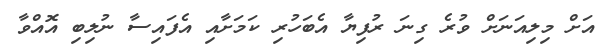
އަށް މިލިއަނަށް ވުރެ ގިނަ ރުފިޔާ އެބަހުރި ކަމަށާއި އެފައިސާ ނުލިބި އޮއްވާ